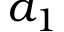
a _ { 1 }